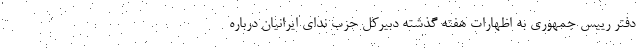
دفتر رییس جمهوری به اظهارات هفته گذشته دبیرکل حزب ندای ایرانیان درباره